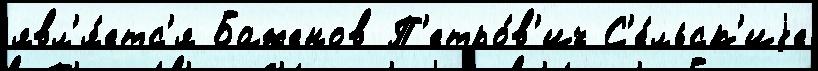
явл'я́етс'я Баженов П'етро́в'ич С'е́льск'иjе